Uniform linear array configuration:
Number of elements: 24
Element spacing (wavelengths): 0.25
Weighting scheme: uniform
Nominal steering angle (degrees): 0
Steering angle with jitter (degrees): -1.861
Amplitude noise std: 0.05
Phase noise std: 0.05

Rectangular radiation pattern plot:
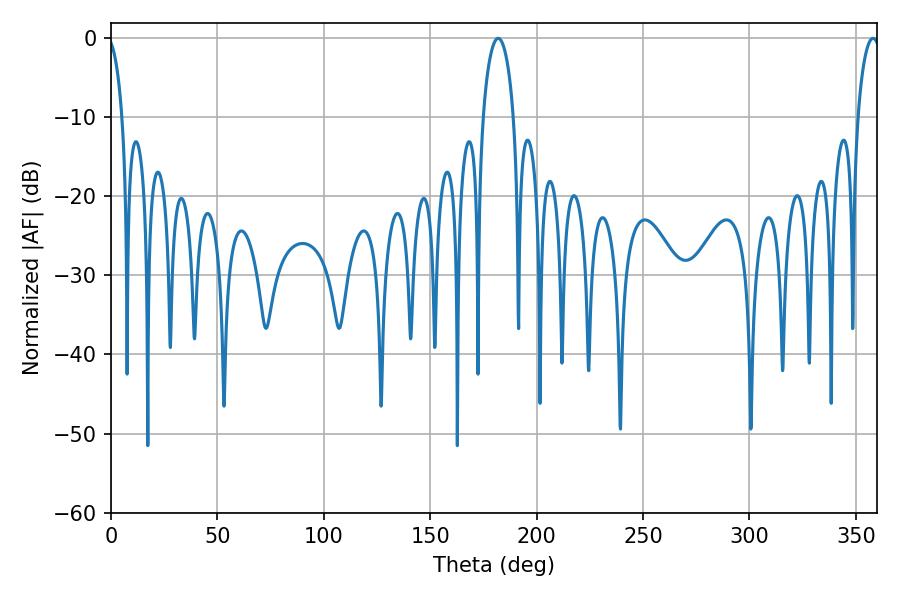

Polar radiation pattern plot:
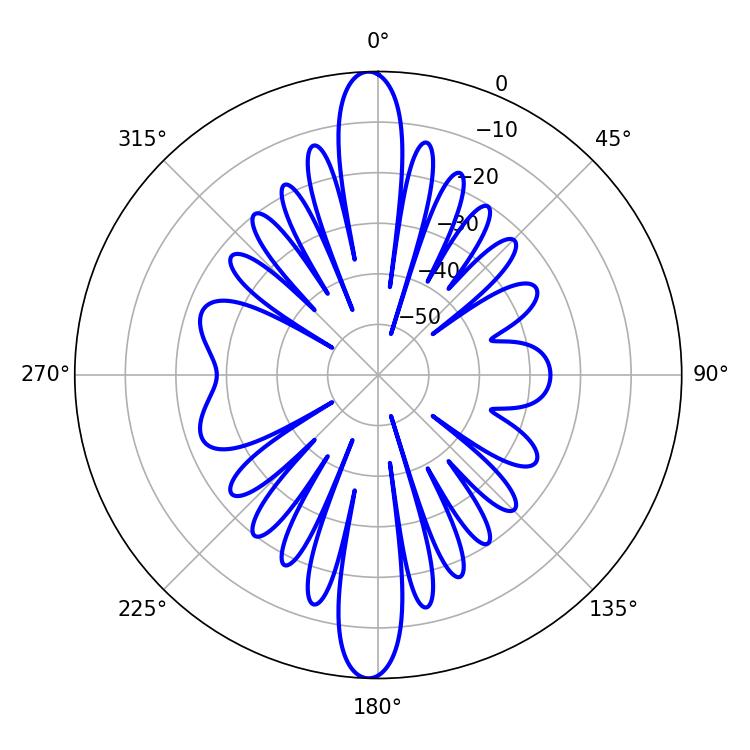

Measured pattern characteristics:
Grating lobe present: FALSE
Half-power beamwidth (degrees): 8.28
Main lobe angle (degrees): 181.98